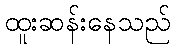
ထူးဆန်းနေသည်